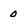
Character: 0